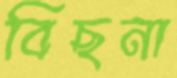
বিছনা